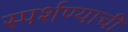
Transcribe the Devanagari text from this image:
स्पर्शण्याची